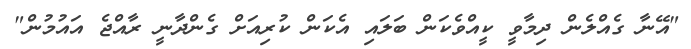
"އޭނާ ގެއްލެން ދިމާވީ ކީއްވެކަން ބަލައި އެކަން ކުރިއަށް ގެންދާނީ ރާއްޖެ އައުމުން"